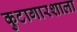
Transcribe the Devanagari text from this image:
कुटागारशाला